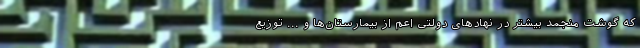
که گوشت منجمد بیشتر در نهادهای دولتی اعم از بیمارستان‌ها و ... توزیع